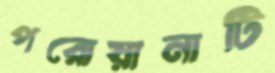
পরোয়ানাটি